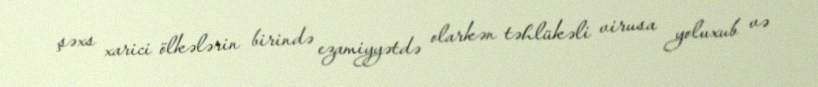
şəxs xarici ölkələrin birində ezamiyyətdə olarkən təhlükəli virusa yoluxub və